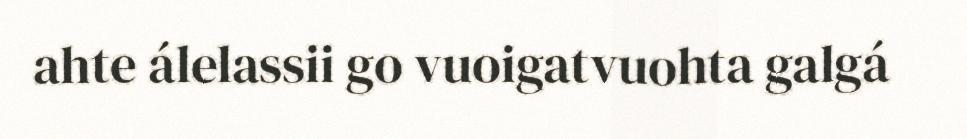
ahte álelassii go vuoigatvuohta galgá